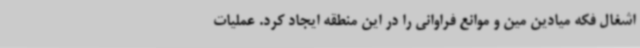
اشغال فکه میادین مین و موانع فراوانی را در این منطقه ایجاد کرد. عملیات